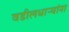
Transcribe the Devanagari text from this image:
वडीलधार्‍यांना